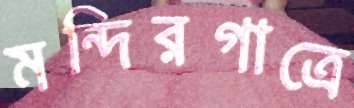
মন্দিরগাত্রে